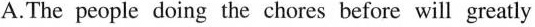
A.The people doing the chores before will greatly